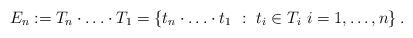
LaTeX: \begin{align*}E_{n} := T_n\cdot \ldots \cdot T_1 = \left\{ t_n\cdot\ldots\cdot t_1~:~ t_i \in T_i ~ i =1,\ldots,n\right\}.\end{align*}